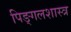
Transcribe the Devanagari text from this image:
पिङ्गलशास्त्र